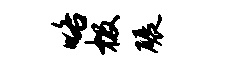
咯极碾